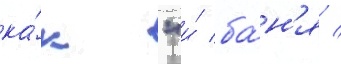
ка́к "и́ ба́н'я /